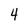
Character: 4